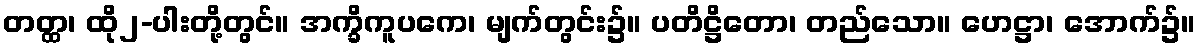
တတ္ထ၊ ထို၂-ပါးတို့တွင်။ အက္ခိကူပကေ၊ မျက်တွင်း၌။ ပတိဋ္ဌိတော၊ တည်သော။ ဟေဋ္ဌာ၊ အောက်၌။